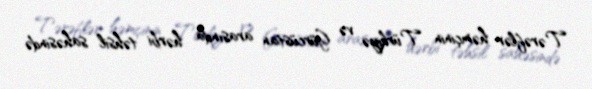
Tərəflər həmçinin Türkiyə və Gürcüstan arasında hərbi təhsil sahəsində